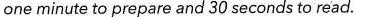
one minute to prepare and 30 seconds to read.